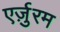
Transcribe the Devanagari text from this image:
एर्ज़ुरम